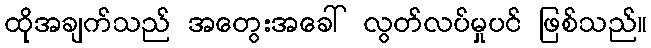
ထိုအချက်သည် အတွေးအခေါ် လွတ်လပ်မှုပင် ဖြစ်သည်။